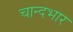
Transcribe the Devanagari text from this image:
चान्दभार